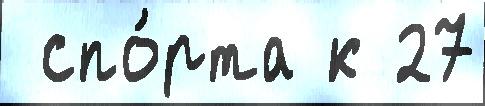
 спо́рта к 27